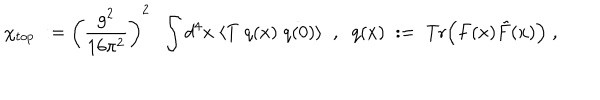
\chi _ { t o p } \; : = \left( \frac { g ^ { 2 } } { 1 6 \pi ^ { 2 } } \right) ^ { 2 } \; \; \int d ^ { 4 } x \; \langle T \; q ( x ) \; q ( 0 ) \rangle \; \; , \; \; q ( x ) \; : = \; \mathrm { T r } \Big ( F ( x ) \tilde { F } ( x ) \Big ) \; ,